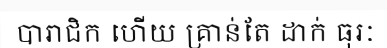
បារាជិក ហើយ គ្រាន់តែ ដាក់ ធុរៈ